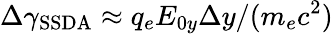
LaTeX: \Delta\gamma_{\mathrm{SSDA}}\approx q_{e}E_{0y}\Delta y/(m_{e}c^{2})